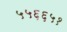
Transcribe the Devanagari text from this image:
५५६६५१